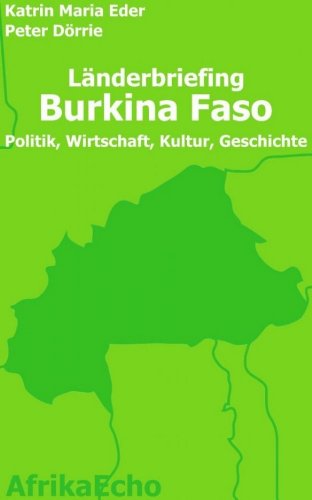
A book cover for AfrikaEcho LÃ¤nderbriefing Burkina Faso - Politik, Wirtschaft, Kultur, Geschichte (German Edition); Peter DÃ¶rrie; Travel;